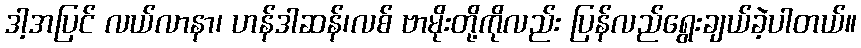
ဒါ့အပြင် လယ်လာနာ၊ ဟန်ဒါဆန်၊လစ် ဗာမိုးတို့ကိုလည်း ပြန်လည်ရွေးချယ်ခဲ့ပါတယ်။